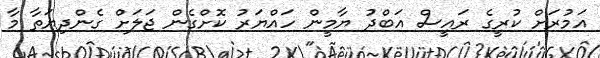
އަމުރަށް ކުރީގެ ރައީސް އަބްދު ޔާމީން ހައްޔަރު ކޮށްގެން ޖަލަށް ގެންދިޔަތާ މާ